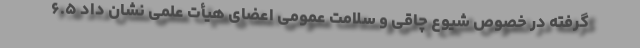
گرفته در خصوص شیوع چاقی و سلامت عمومی اعضای هیأت علمی نشان داد ۶.۵